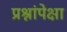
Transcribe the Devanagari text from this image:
प्रश्नांपेक्षा